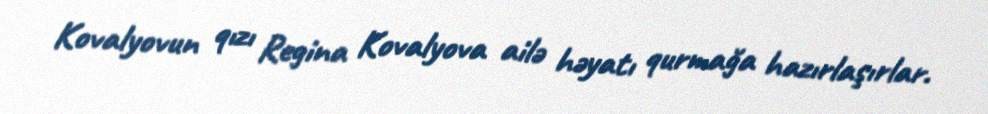
Kovalyovun qızı Regina Kovalyova ailə həyatı qurmağa hazırlaşırlar.